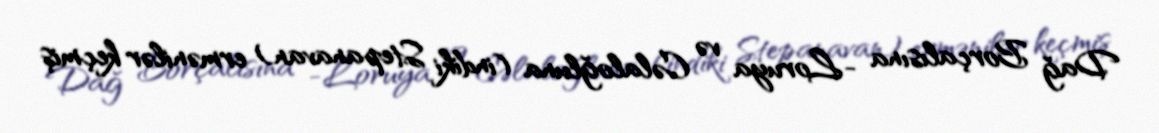
Dağ Borçalısına -Loruya və Cəlaloğluna (indiki Stepanavan) ermənilər keçmiş